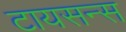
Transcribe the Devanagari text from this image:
टायसन्स